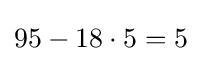
95-18\cdot 5=5